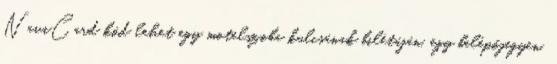
NaviCard kód lehet egy motelszoba kulcsának bilétáján, egy belépőjegyen,